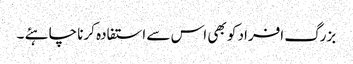
بزرگ افراد کو بھی اس سے استفادہ کرنا چاہئے ۔